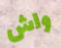
واش